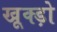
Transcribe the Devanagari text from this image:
खूक्ड़ो